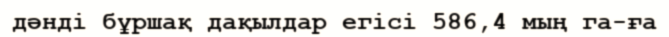
дәнді бұршақ дақылдар егісі 586,4 мың га-ға